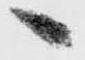
候